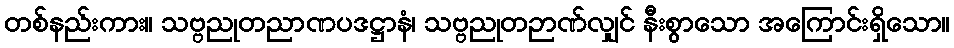
တစ်နည်းကား။ သဗ္ဗညုတညာဏပဒဋ္ဌာနံ၊ သဗ္ဗညုတဉာဏ်လျှင် နီးစွာသော အကြောင်းရှိသော။